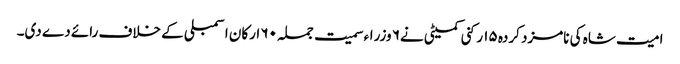
امیت شاہ کی نامزد کردہ ۱۵ رکنی کمیٹی نے۶ وزراء سمیت جملہ ۶۰ ارکان اسمبلی کے خلاف رائے دے دی۔